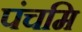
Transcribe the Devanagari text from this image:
पंचमि